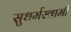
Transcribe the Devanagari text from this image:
सुधर्मस्वामी